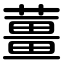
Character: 薑